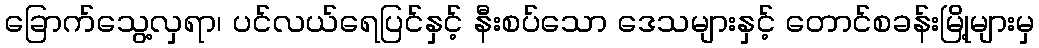
ခြောက်သွေ့လှရာ၊ ပင်လယ်ရေပြင်နှင့် နီးစပ်သော ဒေသများနှင့် တောင်စခန်းမြို့များမှ